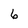
Character: 6